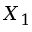
X _ { 1 }